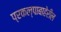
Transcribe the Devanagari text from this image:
प्रकल्पाबाहेरील